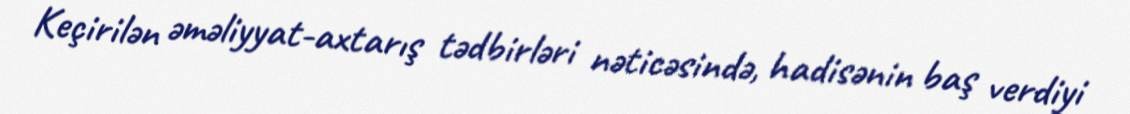
Keçirilən əməliyyat-axtarış tədbirləri nəticəsində, hadisənin baş verdiyi